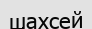
шахсей